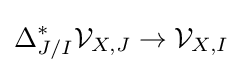
\Delta _{J/I}^{*}{\mathcal {V}}_{X,J}\rightarrow {\mathcal {V}}_{X,I}